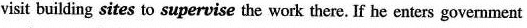
visit building sites to supervise the work there. If he enters government